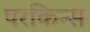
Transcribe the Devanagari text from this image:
परकिन्स